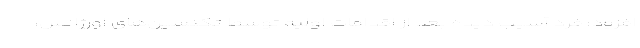
افزود: فرد آسیب دیده بعد از اقدامات اولیه توسط تکنسین‌های اورژانس،